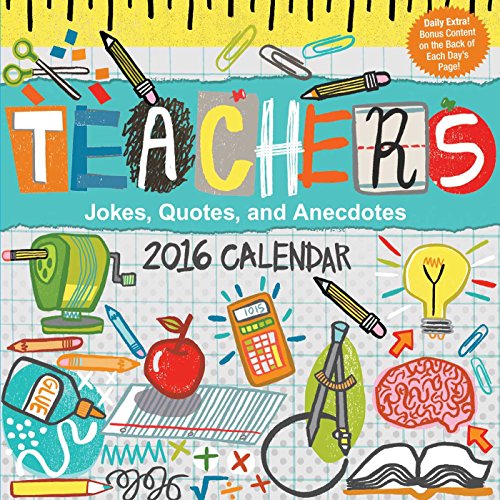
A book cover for Teachers 2016 Day-to-Day Calendar: Jokes, Quotes, and Anecdotes; Andrews McMeel Publishing LLC; Calendars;